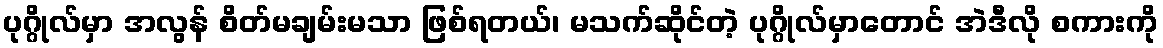
ပုဂ္ဂိုလ်မှာ အလွန် စိတ်မချမ်းမသာ ဖြစ်ရတယ်၊ မသက်ဆိုင်တဲ့ ပုဂ္ဂိုလ်မှာတောင် အဲဒီလို စကားကို